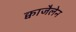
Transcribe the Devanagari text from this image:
क्वाजैलेन